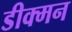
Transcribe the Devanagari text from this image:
डीक्मन